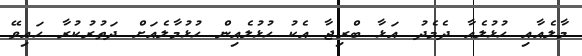
މާލެއާއި ހުޅުލެއާ ދެމެދު އަޅާ ބްރިޖާ އެކު ހުޅުލެއިން ހުޅުމާލެއަށް ދަތުރުކުރާ ހައިވޭ